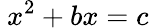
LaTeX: \ x^{2}+bx=c